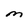
Character: M